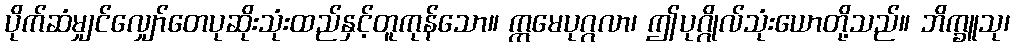
ပိုက်ဆံမျှင်လျှော်တေပုဆိုးသုံးထည်နှင့်တူကုန်သော။ ဣမေပုဂ္ဂလာ၊ ဤပုဂ္ဂိုလ်သုံးယောတို့သည်။ ဘိက္ခူသု၊